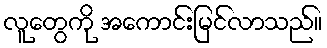
လူတွေကို အကောင်းမြင်လာသည်။